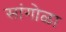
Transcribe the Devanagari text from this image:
सांगोळा